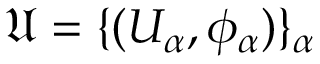
{ \mathfrak { U } } = \{ ( U _ { \alpha } , \phi _ { \alpha } ) \} _ { \alpha }